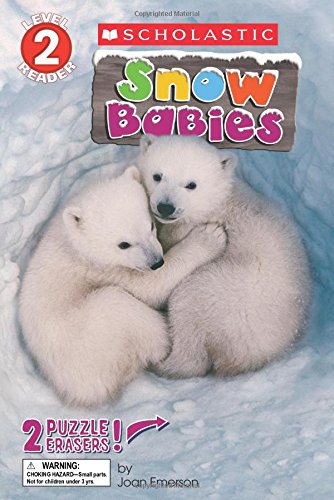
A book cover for Snow Babies (Scholastic Reader, Level 2); Joan Emerson; Children's Books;